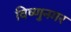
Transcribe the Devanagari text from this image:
विष्णुनगर